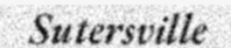
Sutersville